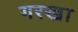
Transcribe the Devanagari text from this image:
गरखा